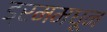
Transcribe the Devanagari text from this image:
ड्रममधून